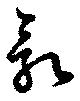
乳